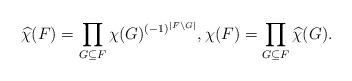
LaTeX: \begin{gather*} \widehat{\chi}(F) = \prod_{G \subseteq F} \chi(G)^{(-1)^{|F \setminus G|}}, \chi(F) = \prod_{G \subseteq F} \widehat{\chi}(G).\end{gather*}